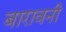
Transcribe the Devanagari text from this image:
बारावनी